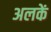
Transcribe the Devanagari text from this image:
अलकें